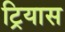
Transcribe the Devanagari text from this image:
ट्रियास